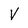
Character: v